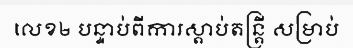
លេខ២ បន្ទាប់ពីការស្តាប់តន្ត្រី សម្រាប់